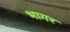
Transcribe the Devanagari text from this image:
भागर